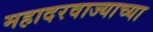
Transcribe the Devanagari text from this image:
महादरवाज्याच्या